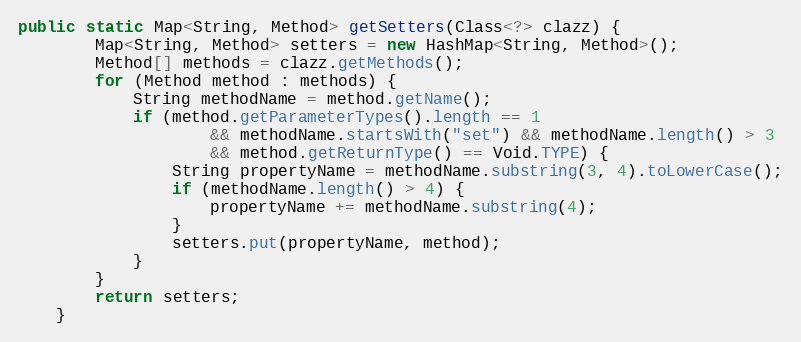
Language: Java
public static Map<String, Method> getSetters(Class<?> clazz) {
		Map<String, Method> setters = new HashMap<String, Method>();
		Method[] methods = clazz.getMethods();
		for (Method method : methods) {
			String methodName = method.getName();
			if (method.getParameterTypes().length == 1
					&& methodName.startsWith("set") && methodName.length() > 3
					&& method.getReturnType() == Void.TYPE) {
				String propertyName = methodName.substring(3, 4).toLowerCase();
				if (methodName.length() > 4) {
					propertyName += methodName.substring(4);
				}
				setters.put(propertyName, method);
			}
		}
		return setters;
	}